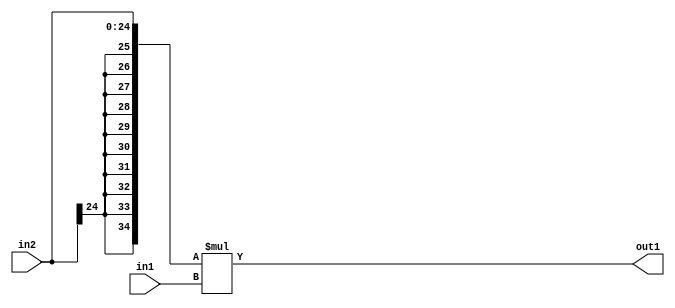
`timescale 1ps / 1ps
/*****************************************************************************
    Verilog RTL Description
    
    
    Created by: Stratus DpOpt 21.05.01 
*******************************************************************************/

module SobelFilter_Mul_25Sx24U_35S_1 (
	in2,
	in1,
	out1
	); /* architecture "behavioural" */ 
input [24:0] in2;
input [23:0] in1;
output [34:0] out1;
wire [34:0] asc001;

assign asc001 = 
	+({{10{in2[24]}}, in2} * in1);

assign out1 = asc001;
endmodule

/* CADENCE  ubP5Sgw= : u9/ySxbfrwZIxEzHVQQV8Q== ** DO NOT EDIT THIS LINE ******/